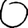
Digit: 0